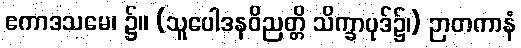
ဧကာဒသမေ၊ ၌။ (သူပေါဒနဝိညတ္တိ သိက္ခာပုဒ်၌၊) ဉာတကာနံ